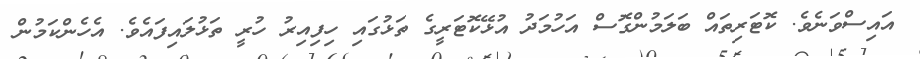
އައިސްވަނެވެ. ކޮޓަރިތައް ބަލަމުންގޮސް އަހުމަދު އުޅޭކޮޓަރީގެ ތަޅުގައި ހިފިއިރު ހުރީ ތަޅުލައިފައެވެ. އެހެންކަމުން